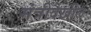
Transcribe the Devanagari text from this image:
मंत्रीदेखील